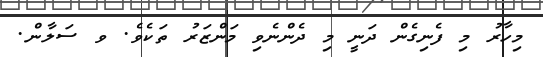
މިހާރު މި ފެނިގެން ދަނީ މި ދެންނެވި މަންޒަރު ތަކެވެ. ވ ސަލާން.